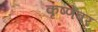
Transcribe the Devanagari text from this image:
कृष्णेवर